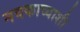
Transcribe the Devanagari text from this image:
नवकाव्याशी